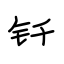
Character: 钎